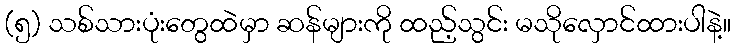
(၅) သစ်သားပုံးတွေထဲမှာ ဆန်များကို ထည့်သွင်း မသိုလှောင်ထားပါနဲ့။